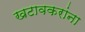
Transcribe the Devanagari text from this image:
खटावकरांना